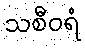
သစီဝရံ